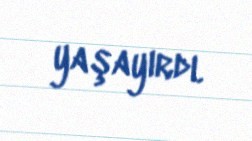
yaşayırdı.